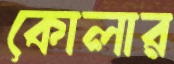
কোলার